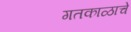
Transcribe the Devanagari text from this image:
गतकाळाचे